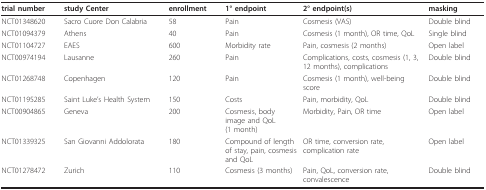
<table><thead><tr><td><b>trial number</b></td><td><b>study Center</b></td><td><b>enrollment</b></td><td><b>1° endpoint</b></td><td><b>2° endpoint(s)</b></td><td><b>masking</b></td></tr></thead><tbody><tr><td>NCT01348620</td><td>Sacro Cuore Don Calabria</td><td>58</td><td>Pain</td><td>Cosmesis (VAS)</td><td>Double blind</td></tr><tr><td>NCT01094379</td><td>Athens</td><td>40</td><td>Pain</td><td>Cosmesis (1 month), OR time, QoL</td><td>Single blind</td></tr><tr><td>NCT01104727</td><td>EAES</td><td>600</td><td>Morbidity rate</td><td>Pain, cosmesis (2 months)</td><td>Open label</td></tr><tr><td>NCT00974194</td><td>Lausanne</td><td>260</td><td>Pain</td><td>Complications, costs, cosmesis (1, 3, 12 months), complications</td><td>Double blind</td></tr><tr><td>NCT01268748</td><td>Copenhagen</td><td>120</td><td>Pain</td><td>Cosmesis (1 month), well-being score</td><td>Double blind</td></tr><tr><td>NCT01195285</td><td>Saint Luke&#x27;s Health System</td><td>150</td><td>Costs</td><td>Pain, morbidity, QoL</td><td>Double blind</td></tr><tr><td>NCT00904865</td><td>Geneva</td><td>200</td><td>Cosmesis, body image and QoL (1 month)</td><td>Morbidity, Pain, OR time</td><td>Open label</td></tr><tr><td>NCT01339325</td><td>San Giovanni Addolorata</td><td>180</td><td>Compound of length of stay, pain, cosmesis and QoL</td><td>OR time, conversion rate, complication rate</td><td>Open label</td></tr><tr><td>NCT01278472</td><td>Zurich</td><td>110</td><td>Cosmesis (3 months)</td><td>Pain, QoL, conversion rate, convalescence</td><td>Double blind</td></tr></tbody></table>